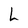
Character: L